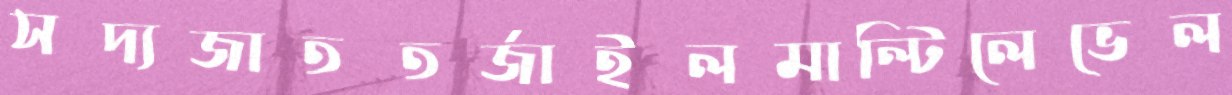
সদ্যজাততর্জাইলমাল্টিলেভেল